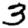
Digit: 3